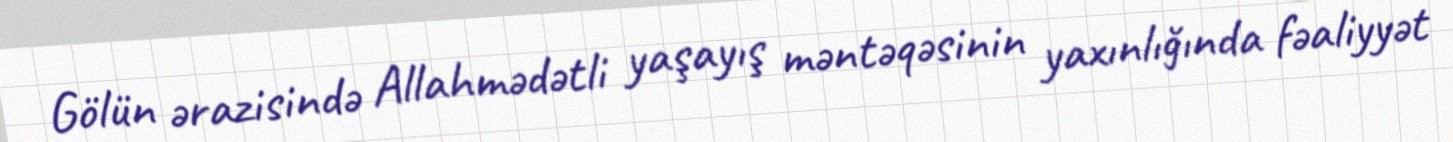
Gölün ərazisində Allahmədətli yaşayış məntəqəsinin yaxınlığında fəaliyyət